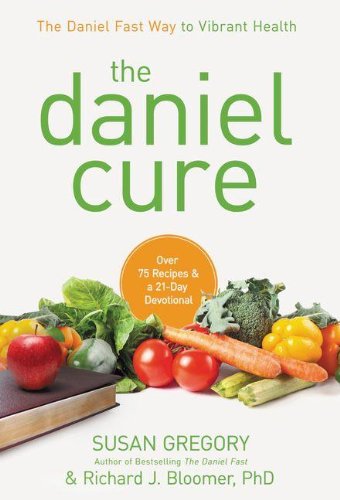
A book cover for The Daniel Cure: The Daniel Fast Way to Vibrant Health; Susan Gregory; Medical Books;